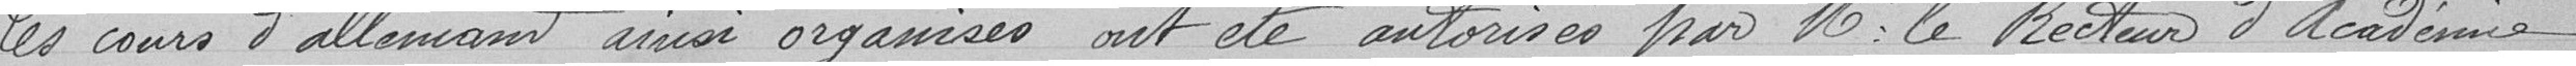
Les cours d'allemand ainsi organisés ont été autorisés par Mr le Recteur d'Académie.